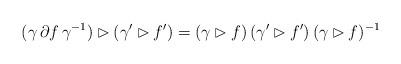
LaTeX: \begin{align*}(\gamma \, \partial f \, \gamma^{-1}) \rhd (\gamma' \rhd f') = (\gamma \rhd f) \, (\gamma' \rhd f')\, (\gamma \rhd f)^{-1}\end{align*}